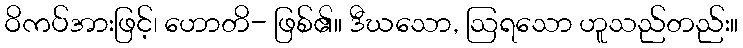
ဝိကပ်အားဖြင့်၊ ဟောတိ- ဖြစ်၏။ ဒီဃသော, ဩရသော ဟူသည်တည်း။